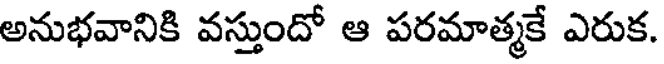
అనుభవానికి వస్తుందో ఆ పరమాత్మకే ఎరుక.